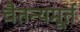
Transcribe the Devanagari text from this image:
चैतन्यमूर्त